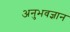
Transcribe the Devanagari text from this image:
अनुभवज्ञान